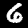
Digit: 6